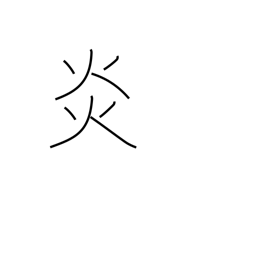
Meaning: blaze